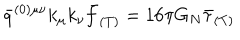
\bar { q } ^ { ( 0 ) \mu \nu } k _ { \mu } k _ { \nu } \bar { f } _ { ( T ) } = 1 6 \pi G _ { N } \bar { \tau } _ { ( T ) }